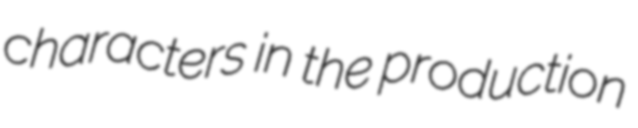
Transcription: characters in the production